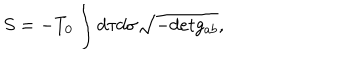
S = - T _ { 0 } \int d \tau d \sigma \sqrt { - d e t g _ { a b } } ,